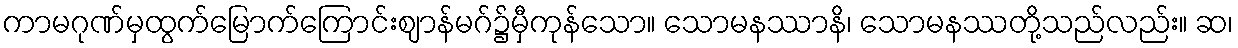
ကာမဂုဏ်မှထွက်မြောက်ကြောင်းဈာန်မဂ်၌မှီကုန်သော။ သောမနဿာနိ၊ သောမနဿတို့သည်လည်း။ ဆ၊